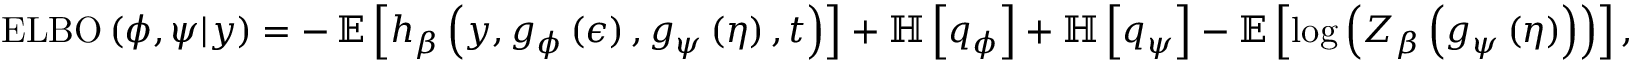
\begin{array} { r } { \operatorname { E L B O } \left( \phi , \psi \vert y \right) = - \operatorname { \mathbb { E } } \left[ h _ { \beta } \left( y , g _ { \phi } \left( \epsilon \right) , g _ { \psi } \left( \eta \right) , t \right) \right] + \mathbb { H } \left[ q _ { \phi } \right] + \mathbb { H } \left[ q _ { \psi } \right] - \mathbb { E } \left[ \log \left( Z _ { \beta } \left( g _ { \psi } \left( \eta \right) \right) \right) \right] , } \end{array}